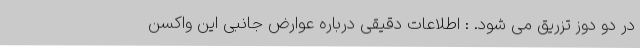
در دو دوز تزریق می شود. : اطلاعات دقیقی درباره عوارض جانبی این واکسن